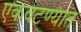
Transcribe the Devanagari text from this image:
एकवटण्यात